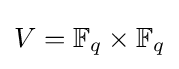
V=\mathbb {F} _{q}\times \mathbb {F} _{q}